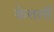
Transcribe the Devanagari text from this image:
केत्तर्ली